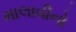
માલાવીનો